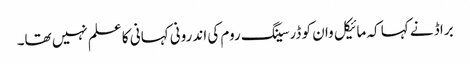
براڈ نے کہا کہ مائیکل وان کو ڈرسینگ روم کی اندرونی کہانی کا علم نہیں تھا۔